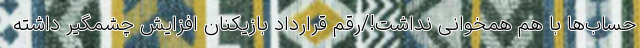
حساب‌ها با هم همخوانی نداشت!/رقم قرارداد بازیکنان افزایش چشمگیر داشته